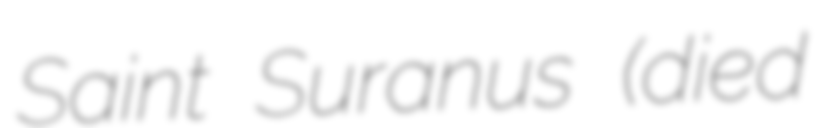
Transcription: Saint Suranus (died